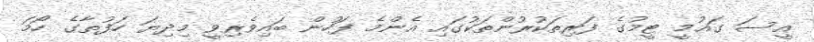
އީސަ ގައުމީ ޓީމުގެ ފަރިތަކުރުންތަކުގައި އެންމެ ފަހުން ބައިވެރިވީ މިދިޔަ ހަފުތާގެ ހޯމަ